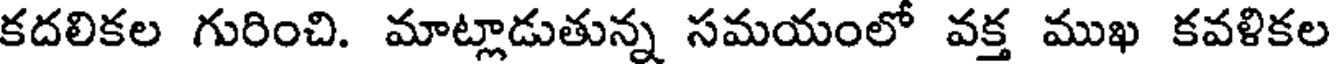
కదలికల గురించి. మాట్లాడుతున్న సమయంలో వక్త ముఖ కవళికల